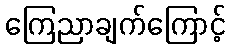
ကြေညာချက်ကြောင့်